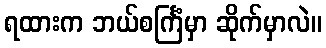
ရထားက ဘယ်စင်္ကြံမှာ ဆိုက်မှာလဲ။